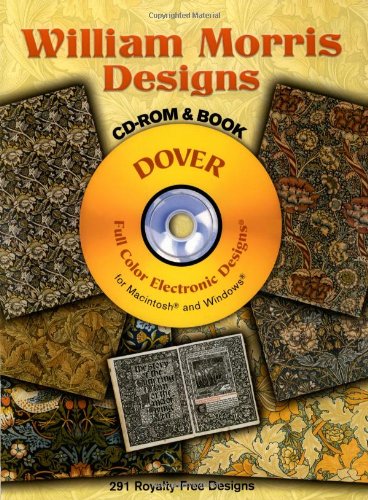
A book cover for William Morris Designs CD-ROM and Book (Dover Electronic Clip Art); William Morris; Arts & Photography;